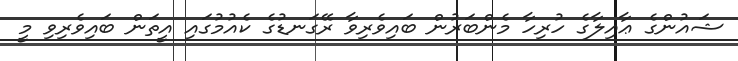
ޝައުންގެ ޢާއިލާގެ ހުރިހާ މެންބަރުން ބައިވެރިވާ ރޭގަނޑުގެ ކެއުމުގައި އީތަން ބައިވެރިވި މީ